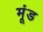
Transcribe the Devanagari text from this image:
मूंड